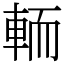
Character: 輀